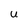
Character: U